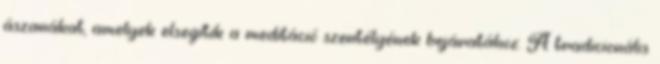
ászanákat, amelyek elsegítik a meditáció szentélyének bejáratához. A tradicionális